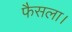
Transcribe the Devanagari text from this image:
फैसला।